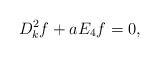
\begin{align*} D^2_{k}f + aE_4f = 0,\end{align*}